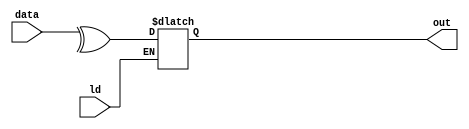
`timescale 1ns / 1ps
//////////////////////////////////////////////////////////////////////////////////
// Company: 
// Engineer: 
// 
// Design Name: 
// Module Name: parity_gen
// Project Name: 
// Target Devices: 
// Tool Versions: 
// Description: 
// 
// Dependencies: 
// 
// Revision:
// Revision 0.01 - File Created
// Additional Comments:
// 
//////////////////////////////////////////////////////////////////////////////////


module parity_gen(ld,data,out);
input ld; 
input [7:0] data; 
output reg out;
   always@(ld,data) 
  begin 
   if(ld)
   out=^data;
  end 
endmodule